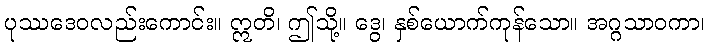
ပုဿဒေဝလည်းကောင်း။ ဣတိ၊ ဤသို့။ ဒွေ၊ နှစ်ယောက်ကုန်သော။ အဂ္ဂသာဝကာ၊